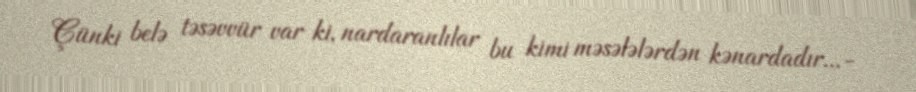
Çünki belə təsəvvür var ki, nardaranlılar bu kimi məsələlərdən kənardadır...-